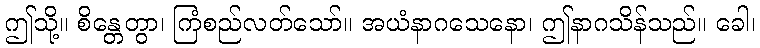
ဤသို့။ စိန္တေတွာ၊ ကြံစည်လတ်သော်။ အယံနာဂသေနော၊ ဤနာဂသိန်သည်။ ခေါ၊